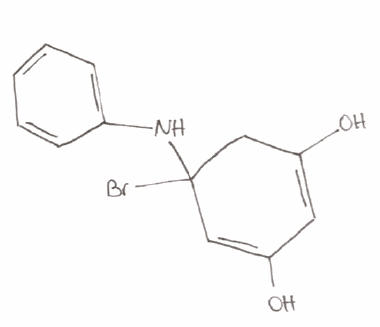
Simplified molecular-input line-entry system (SMILES) notation of the given molecule:
C1C(=CC(=CC1(NC2=CC=CC=C2)Br)O)O